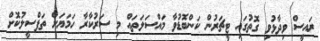
ރައީސް ވިދާޅުވި ގޮތުގައި ޓީޗަރުން ކަންބޮޑުވާ މައްސަލަތައް މި ސަރުކާރާ ހަމަޔަށް ތަފްސީލުކޮށް